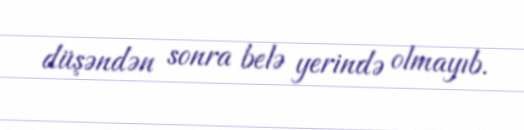
düşəndən sonra belə yerində olmayıb.